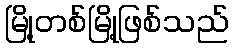
မြို့တစ်မြို့ဖြစ်သည်